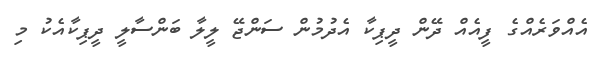
އެއްވަރެއްގެ ފީއެއް ދޭން ދީޕިކާ އެދުމުން ސަންޖޭ ލީލާ ބަންސާލީ ދީޕިކާއެކު މި